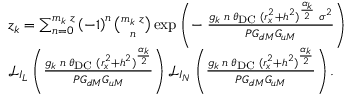
\begin{array} { r l } & { z _ { k } = \sum _ { n = 0 } ^ { m _ { k } \; z } \left( - 1 \right) ^ { n } { \binom { m _ { k } \; z } { n } } \exp \left( - \; \frac { g _ { k } \; n \; \theta _ { \mathrm { D C } } \; ( r _ { x } ^ { 2 } + h ^ { 2 } ) ^ { \frac { \alpha _ { k } } { 2 } } \; \sigma ^ { 2 } } { P G _ { d M } G _ { u M } } \right) } \\ & { \mathcal { L } _ { I _ { L } } \left( \frac { g _ { k } \; n \; \theta _ { \mathrm { D C } } \; ( r _ { x } ^ { 2 } + h ^ { 2 } ) ^ { \frac { \alpha _ { k } } { 2 } } } { P G _ { d M } G _ { u M } } \right) \mathcal { L } _ { I _ { N } } \left( \frac { g _ { k } \; n \; \theta _ { \mathrm { D C } } \; ( r _ { x } ^ { 2 } + h ^ { 2 } ) ^ { \frac { \alpha _ { k } } { 2 } } } { P G _ { d M } G _ { u M } } \right) . } \end{array}